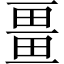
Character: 畺